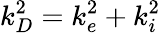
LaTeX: k_{D}^{2}=k_{e}^{2}+k_{i}^{2}